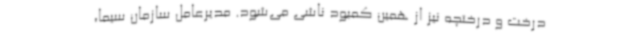
درخت و درختچه نیز از همین کمبود ناشی می‌شود. مدیرعامل سازمان سیما،